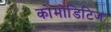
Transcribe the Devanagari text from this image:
कोमोडिटिज